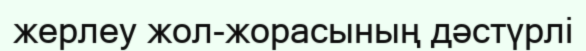
жерлеу жол-жорасының дәстүрлі